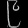
Digit: ၉